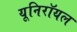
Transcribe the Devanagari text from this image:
यूनिरॉयल